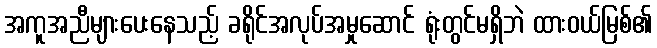
အကူအညီများပေးနေသည့် ခရိုင်အလုပ်အမှုဆောင် ရုံးတွင်မရှိဘဲ ထားဝယ်မြစ်၏